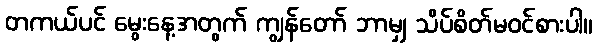
တကယ်ပင် မွေးနေ့အတွက် ကျွန်တော် ဘာမျှ သိပ်စိတ်မဝင်စားပါ။